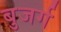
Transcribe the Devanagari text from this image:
बुजर्ग